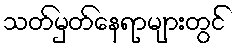
သတ်မှတ်နေရာများတွင်